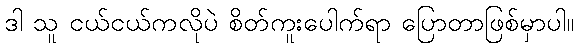
ဒါ သူ ငယ်ငယ်ကလိုပဲ စိတ်ကူးပေါက်ရာ ပြောတာဖြစ်မှာပါ။